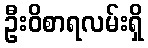
ဦးဝိစာရလမ်းရှိ